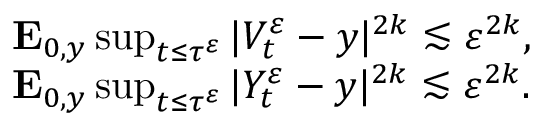
\begin{array} { r l } & { \mathbf { E } _ { 0 , y } \operatorname* { s u p } _ { t \leq \tau ^ { \varepsilon } } | V _ { t } ^ { \varepsilon } - y | ^ { 2 k } \lesssim \varepsilon ^ { 2 k } , } \\ & { \mathbf { E } _ { 0 , y } \operatorname* { s u p } _ { t \leq \tau ^ { \varepsilon } } | Y _ { t } ^ { \varepsilon } - y | ^ { 2 k } \lesssim \varepsilon ^ { 2 k } . } \end{array}